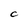
Character: C